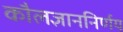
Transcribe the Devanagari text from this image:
कौलज्ञाननिर्णय